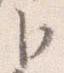
臣